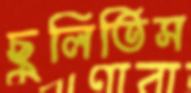
ছুলিতিস